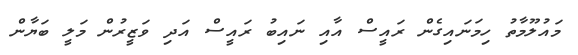
މައުލޫމާތު ހިމަނައިގެން ރައީސް އާއި ނައިބު ރައީސް އަދި ވަޒީރުން މަލީ ބަޔާން